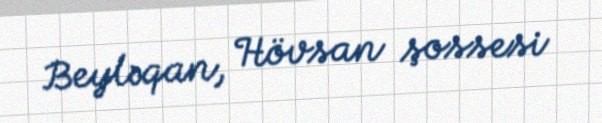
Beyləqan, Hövsan şossesi